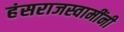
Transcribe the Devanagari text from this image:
हंसराजस्वामींनी